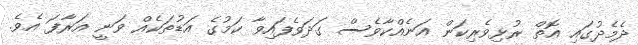
ދެމެދުގައި އޮތް ރުޅިވެރިކަން އަނެއްކާވެސް ގަދަވެފައިވާ ކަމުގެ އަޑުތަކެއް ވަނީ އަރާފަ އެވެ.